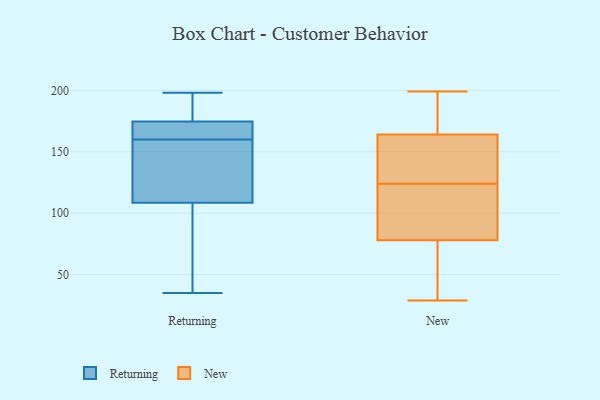
{"axis": {"x": "LTV (USD)", "y": "Value"}, "legend": ["New", "Returning"], "data": [{"x": "", "y": 48, "type": "Returning"}, {"x": "", "y": 101, "type": "Returning"}, {"x": "", "y": 186, "type": "Returning"}, {"x": "", "y": 35, "type": "Returning"}, {"x": "", "y": 145, "type": "Returning"}, {"x": "", "y": 111, "type": "Returning"}, {"x": "", "y": 198, "type": "Returning"}, {"x": "", "y": 160, "type": "Returning"}, {"x": "", "y": 169, "type": "Returning"}, {"x": "", "y": 186, "type": "Returning"}, {"x": "", "y": 171, "type": "Returning"}, {"x": "", "y": 144, "type": "Returning"}, {"x": "", "y": 162, "type": "Returning"}, {"x": "", "y": 60, "type": "New"}, {"x": "", "y": 31, "type": "New"}, {"x": "", "y": 29, "type": "New"}, {"x": "", "y": 191, "type": "New"}, {"x": "", "y": 120, "type": "New"}, {"x": "", "y": 126, "type": "New"}, {"x": "", "y": 122, "type": "New"}, {"x": "", "y": 199, "type": "New"}, {"x": "", "y": 83, "type": "New"}, {"x": "", "y": 158, "type": "New"}, {"x": "", "y": 128, "type": "New"}, {"x": "", "y": 121, "type": "New"}, {"x": "", "y": 172, "type": "New"}, {"x": "", "y": 167, "type": "New"}, {"x": "", "y": 172, "type": "New"}, {"x": "", "y": 85, "type": "New"}, {"x": "", "y": 71, "type": "New"}, {"x": "", "y": 161, "type": "New"}, {"x": "", "y": 127, "type": "New"}, {"x": "", "y": 73, "type": "New"}]}